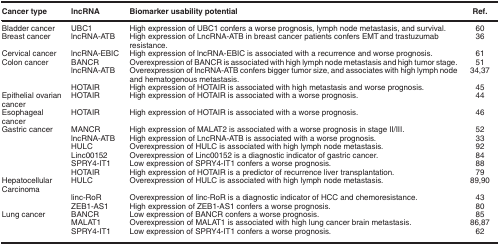
| Cancer type | lncRNA | Biomarker usability potential | Ref. |
 | --- | --- | --- | --- |
 | Bladder cancer | UBC1 | High expression of UBC1 confers a worse prognosis, lymph node metastasis, and survival. | 60 |
 | Breast cancer | lncRNA-ATB | High expression of LncRNA-ATB in breast cancer patients confers EMT and trastuzumab resistance. | 36 |
 | Cervical cancer | lncRNA-EBIC | High expression of lncRNA-EBIC is associated with a recurrence and worse prognosis. | 61 |
 | Colon cancer | BANCR | Overexpression of BANCR is associated with high lymph node metastasis and high tumor stage. | 51 |
 |  | lncRNA-ATB | Overexpression of lncRNA-ATB confers bigger tumor size, and associates with high lymph node and hematogenous metastasis. | 34, 37 |
 |  | HOTAIR | High expression of HOTAIR is associated with high metastasis and worse prognosis. | 45 |
 | Epithelial ovarian cancer | HOTAIR | High expression of HOTAIR is associated with a worse prognosis. | 44 |
 | Esophageal cancer | HOTAIR | High expression of HOTAIR is associated with a worse prognosis. | 46 |
 | Gastric cancer | MANCR | High expression of MALAT2 is associated with a worse prognosis in stage II/III. | 52 |
 |  | lncRNA-ATB | High expression of LncRNA-ATB is associated with a worse prognosis. | 33 |
 |  | HULC | Overexpression of HULC is associated with high lymph node metastasis. | 92 |
 |  | Linc00152 | Overexpression of Linc00152 is a diagnostic indicator of gastric cancer. | 84 |
 |  | SPRY4-IT1 | Low expression of SPRY4-IT1 confers a worse prognosis. | 88 |
 |  | HOTAIR | High expression of HOTAIR is a predictor of recurrence liver transplantation. | 79 |
 | Hepatocellular Carcinoma | HULC | Overexpression of HULC is associated with high lymph node metastasis. | 89, 90 |
 |  | linc-RoR | Overexpression of linc-RoR is a diagnostic indicator of HCC and chemoresistance. | 43 |
 |  | ZEB1-AS1 | High expression of ZEB1-AS1 confers a worse prognosis. | 80 |
 | Lung cancer | BANCR | Low expression of BANCR confers a worse prognosis. | 85 |
 |  | MALAT1 | Overexpression of MALAT1 is associated with high lung cancer brain metastasis. | 86, 87 |
 |  | SPRY4-IT1 | Low expression of SPRY4-IT1 confers a worse prognosis. | 62 |